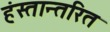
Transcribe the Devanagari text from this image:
हंस्तान्तरित